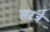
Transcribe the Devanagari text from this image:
सरट्रे